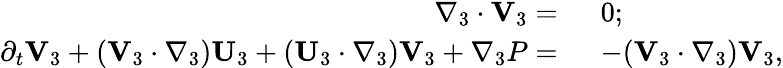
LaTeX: \begin{array}{rl}{\nabla_{3}\cdot\mathbf{V}_{3}=~}&{0;}\\ {\partial_{t}\mathbf{V}_{3}+(\mathbf{V}_{3}\cdot\nabla_{3})\mathbf{U}_{3}+(\mathbf{U}_{3}\cdot\nabla_{3})\mathbf{V}_{3}+\nabla_{3}P=~}&{-(\mathbf{V}_{3}\cdot\nabla_{3})\mathbf{V}_{3},}\end{array}